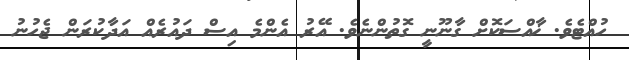
ހުއްޓެވެ. ޚާއްސަކޮށް ގާނޫނީ ގޮތުންނެވެ. އޭރު އެންމެ އިސް ދައުރެއް އަދާކުރަން ޖެހުނު